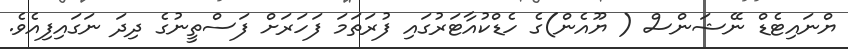
ޔްނައިޓެޑް ނޭޝަންސް ( ޔޫއެން)ގެ ހެޑްކުއާޓަރުގައި ފުރަތަމަ ފަހަރަށް ފަސްތީނުގެ ދިދަ ނަގައިފިއެވެ.